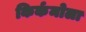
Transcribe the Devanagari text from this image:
किर्कमोला